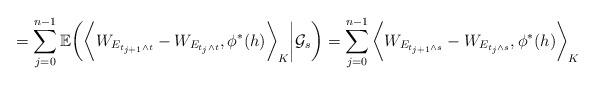
LaTeX: \begin{align*}= \sum_{j=0}^{n-1} \mathbb{E}\bigg(\bigg\langle W_{E_{t_{j+1}\wedge t}}-W_{E_{t_{j}\wedge t}}, \phi^*(h) \bigg\rangle_K \bigg| \mathcal{G}_s\bigg) = \sum_{j=0}^{n-1} \bigg\langle W_{E_{t_{j+1}\wedge s}}-W_{E_{t_{j}\wedge s}}, \phi^*(h) \bigg\rangle_K\end{align*}